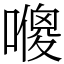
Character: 𠿬